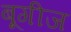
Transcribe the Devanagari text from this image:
बूगीज